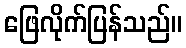
ဖြေလိုက်ပြန်သည်။